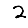
Digit: 2